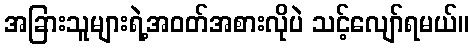
အခြားသူများရဲ့အဝတ်အစားလိုပဲ သင့်လျော်ရမယ်။